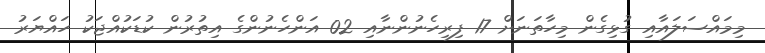
މިމައްސަލައާއި ގުޅިގެން މިހާތަނަށް 17 ފިރިހެނުންނާއި 02 އަންހެނުންގެ އިތުރުން ކުޑަކުއްޖަކު ހައްޔަރު